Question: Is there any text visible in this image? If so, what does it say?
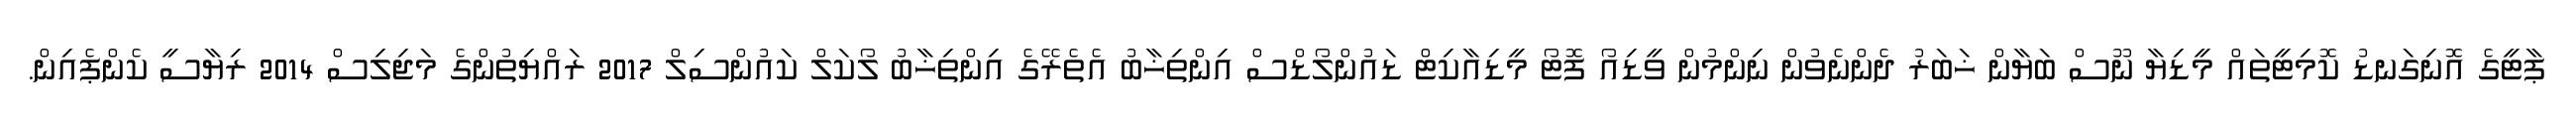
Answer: ޕާޓީގެ އޮނިގަނޑު ކޮމިޓީތައް މީޑިޔާ ނޫސް ބަޔާން ޚަބަރު ދެންނެވުން ނިންމުން ވީޑިއޯ ފޮޓޯ މީޑިއާކިޓް ޑައުންލޯޑްސް އިންތިޚާބު އެތެރޭގެ އިންތިޚާބު ލޯކަލް ކައުންސިލް 2017 ރައްޔިތުންގެ މަޖިލިސް 2014 ރިޔާސީ ކެންޕެއިން.